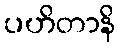
ပဟိတာနိ